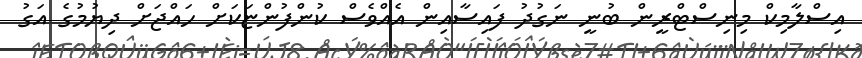
އިސްލާމިކް މިނިސްޓްރީން ބުނީ ނަގުދު ފައިސާއިން އެއްވެސް ކުންފުންޏަކަށް ހައްޖަށް ދިޔުމުގެ އަގު